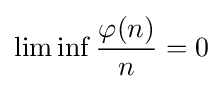
\lim \inf {\frac {\varphi (n)}{n}}=0